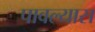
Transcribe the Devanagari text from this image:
पावल्यास